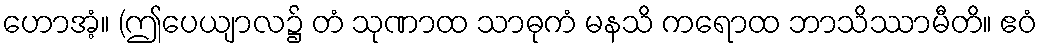
ဟောအံ့။ (ဤပေယျာလ၌ တံ သုဏာထ သာဓုကံ မနသိ ကရောထ ဘာသိဿာမီတိ။ ဧဝံ